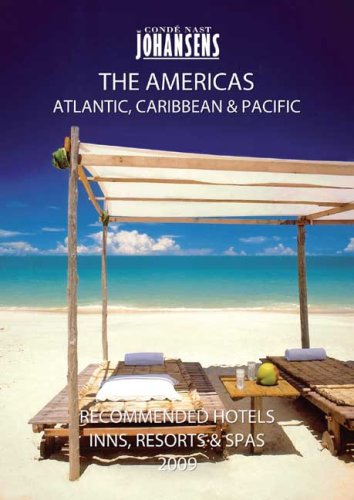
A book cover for CONDE' NAST JOHANSENS RECOMMENDED HOTELS, INNS AND RESORTS - THE AMERICAS, ATLANTIC, CARIBBEAN, PACIFIC 2009 (Johansens Recommended Hotels Inns and Resorts: North America, Bermuda, Caribbean Pacific); Andrew Warren; Travel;